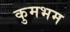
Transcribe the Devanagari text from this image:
कुमभम